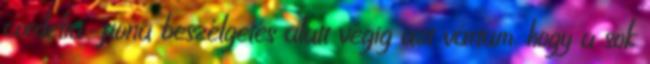
cordelia-fiona beszélgetés alatt végig azt vártam, hogy a sok